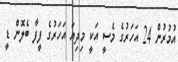
އުމުރުން 24 އަހަރުގެ މެސީ އަކީ މިދިޔަ އަހަރުގެ ފީފާ ބެލޮން ޑީ